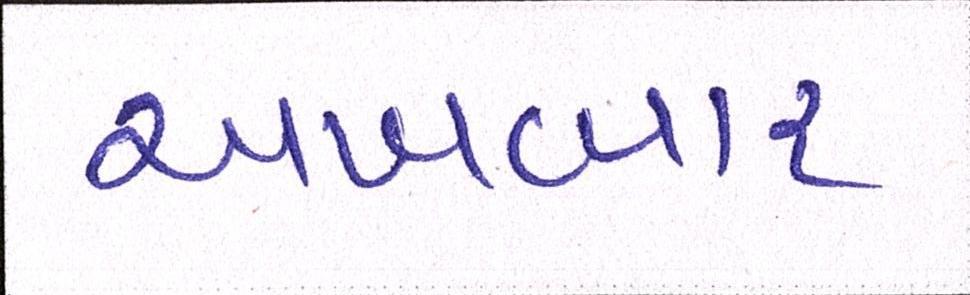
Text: અખબાર